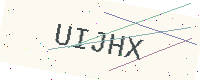
Text: UIJHX